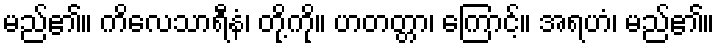
မည်၏။ ကိလေသာရီနံ၊ တို့ကို။ ဟတတ္တာ၊ ကြောင့်။ အရဟံ၊ မည်၏။